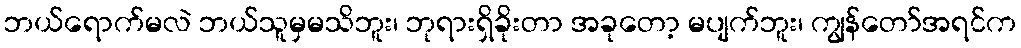
ဘယ်ရောက်မလဲ ဘယ်သူမှမသိဘူး၊ ဘုရားရှိခိုးတာ အခုတော့ မပျက်ဘူး၊ ကျွန်တော်အရင်က